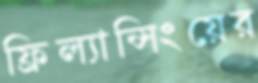
ফ্রিল্যান্সিংয়ের